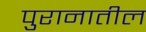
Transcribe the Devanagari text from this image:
पुरानातील